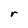
Character: r